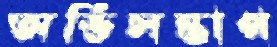
অভিসন্তাপ